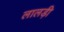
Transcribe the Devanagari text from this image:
लालड़ी